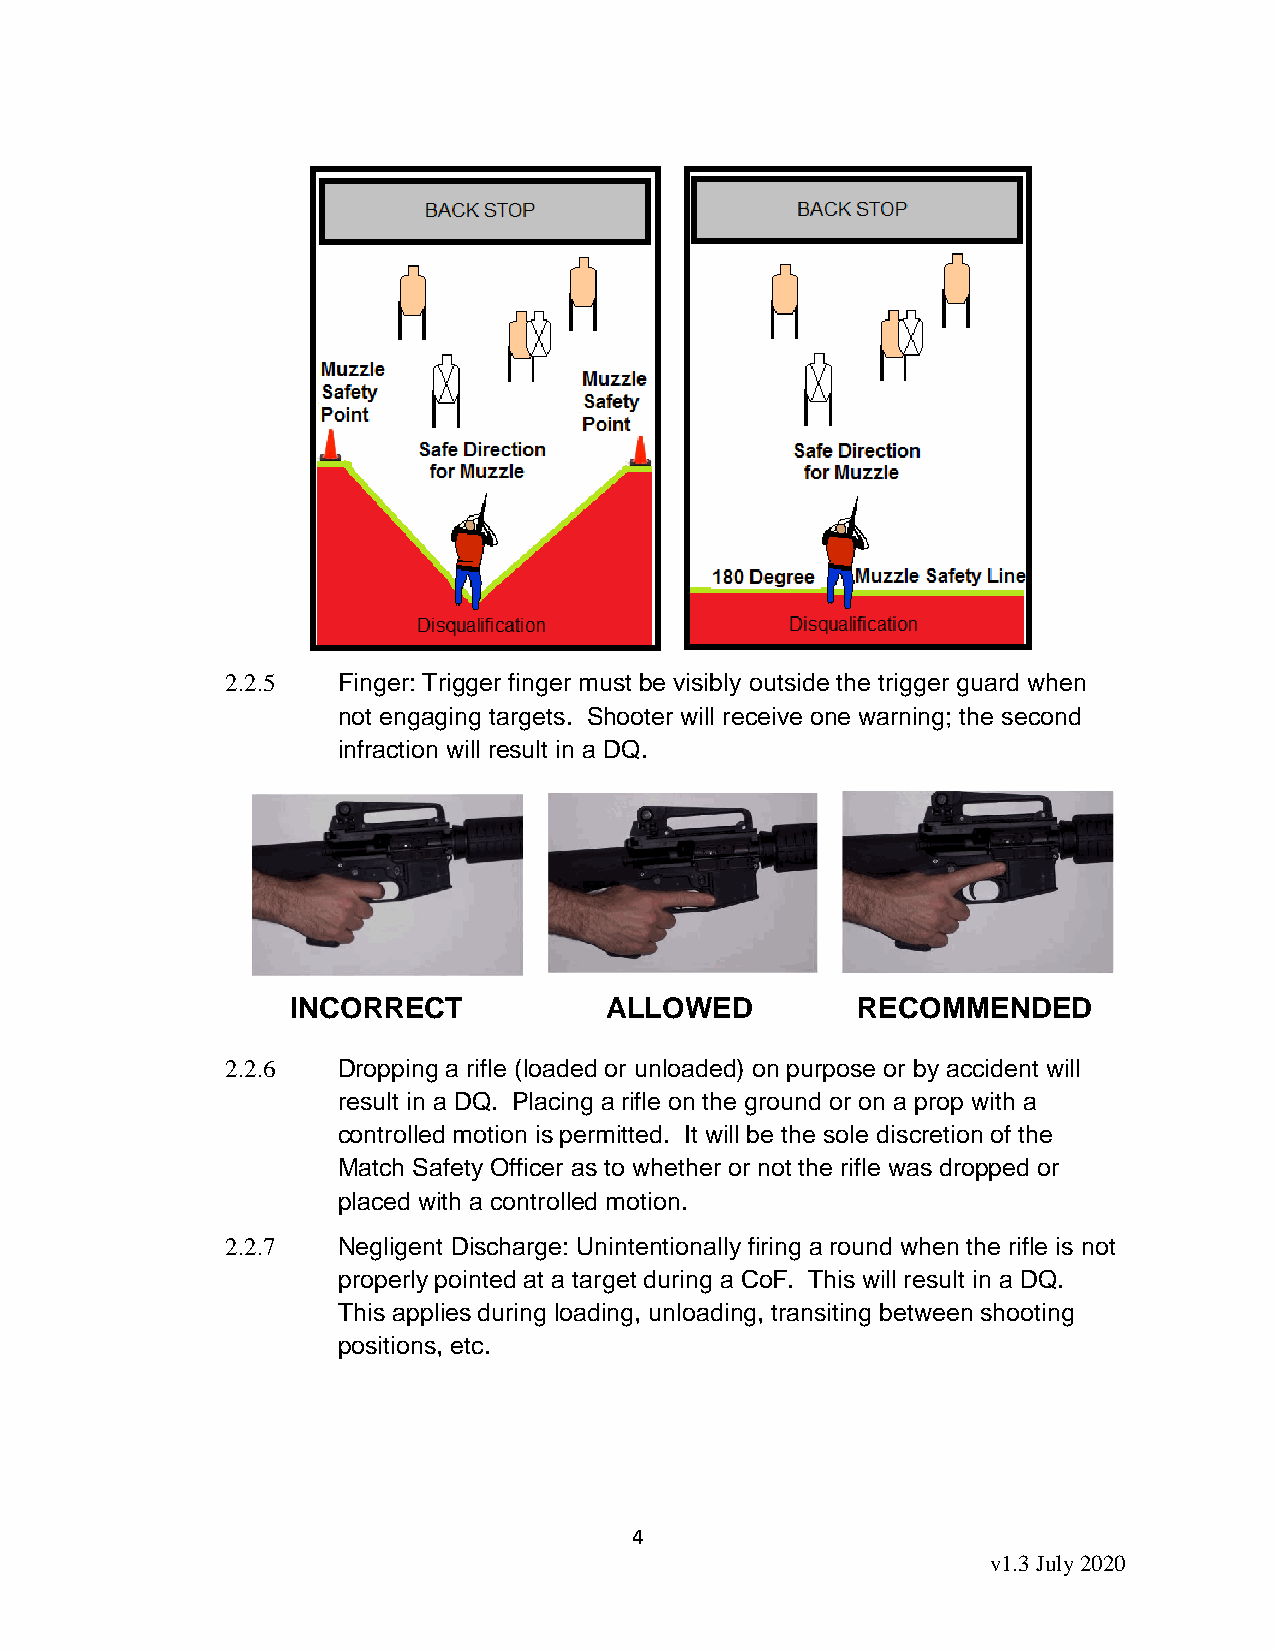
2.2.5  Finger: Trigger finger must be visibly outside the trigger guard when
 not engaging targets. Shooter will receive one warning; the second
 infraction will result in a DQ.
 INCORRECT            ALLOWED          RECOMMENDED
 2.2.6  Dropping a rifle (loaded or unloaded) on purpose or by accident will
 result in a DQ. Placing a rifle on the ground or on a prop with a
 controlled motion is permitted. It will be the sole discretion of the
 Match Safety Officer as to whether or not the rifle was dropped or
 placed with a controlled motion.
 2.2.7  Negligent Discharge: Unintentionally firing a round when the rifle is not
 properly pointed at a target during a CoF. This will result in a DQ.
 This applies during loading, unloading, transiting between shooting
 positions, etc.
 4
 v1.3 July 2020